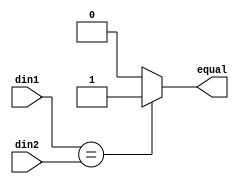

module comparator(
	// input
	din1, din2,
	// output
	equal
	);

	/********** parameter *********/
	parameter	DATA_WIDTH = 32;

	/********** interface signal *********/
	input	[DATA_WIDTH - 1 : 0]	din1;
	input	[DATA_WIDTH	- 1 : 0]	din2;
	output	equal;

	/********** internal structure *********/
	reg 	cmp_result;

	assign 	equal = cmp_result;

	always @ (*) begin
		if( din1 == din2 )
			cmp_result = 1;
		else
			cmp_result = 0;
	end

endmodule